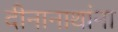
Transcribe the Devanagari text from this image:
दीनानाथांना